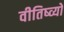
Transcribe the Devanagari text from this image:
वीतिष्व्यो